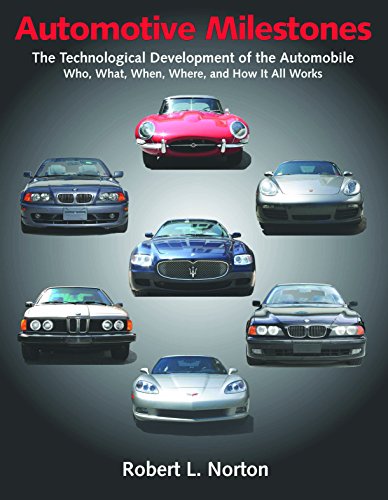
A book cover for Automotive Milestones: The Technological Development of the Automobile: Who, What, When, Where, and How It All Works; Robert L. Norton; Crafts, Hobbies & Home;